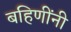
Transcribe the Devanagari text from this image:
बहिणींनी